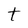
Character: t